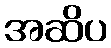
အဆိပ